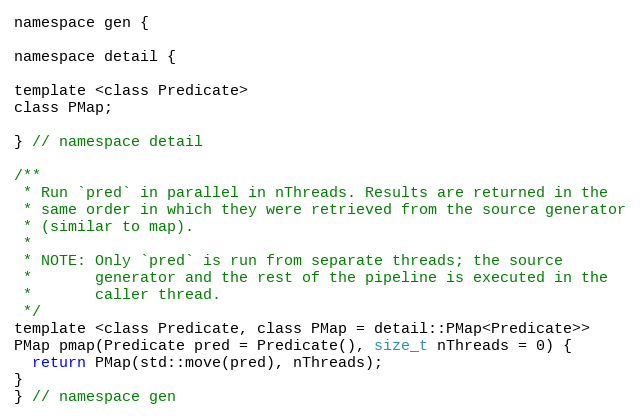
Language: C
namespace gen {

namespace detail {

template <class Predicate>
class PMap;

} // namespace detail

/**
 * Run `pred` in parallel in nThreads. Results are returned in the
 * same order in which they were retrieved from the source generator
 * (similar to map).
 *
 * NOTE: Only `pred` is run from separate threads; the source
 *       generator and the rest of the pipeline is executed in the
 *       caller thread.
 */
template <class Predicate, class PMap = detail::PMap<Predicate>>
PMap pmap(Predicate pred = Predicate(), size_t nThreads = 0) {
  return PMap(std::move(pred), nThreads);
}
} // namespace gen